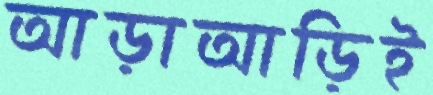
আড়াআড়িই